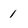
Character: 1